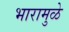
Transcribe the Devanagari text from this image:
भारामुळे